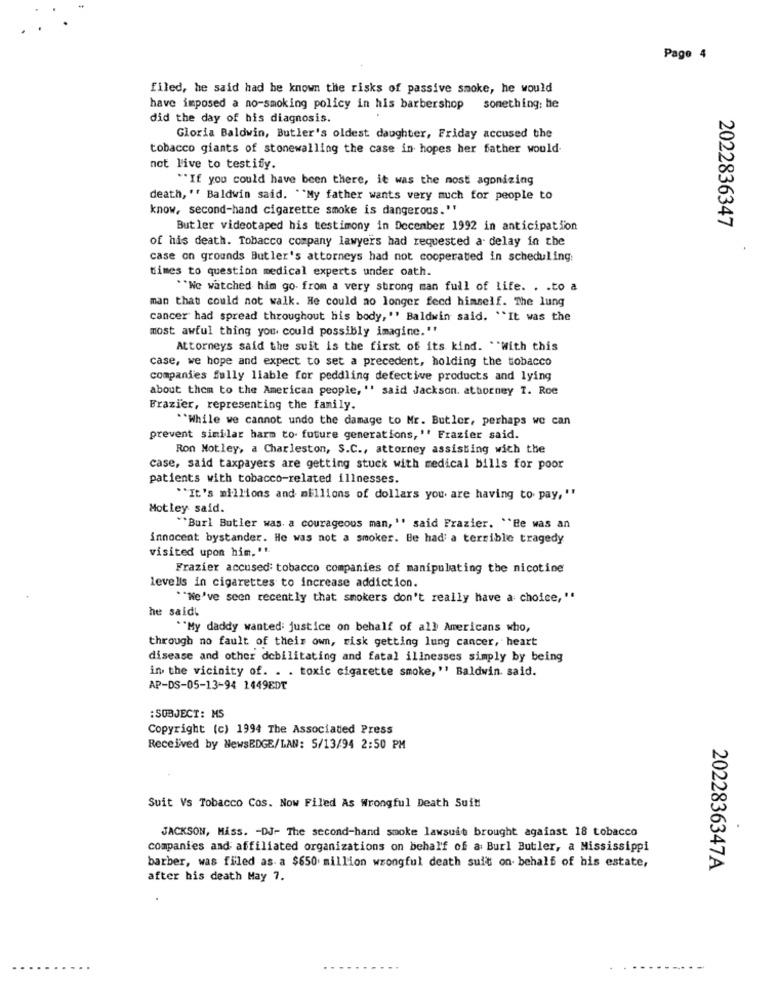
Page 4
filed, he said had be known the risks of passive smoke, he would
have imposed a no-smoking policy in his barbershop something: he
did the day of his diagnosis.
Gloria Baldwin, Butler's oldest daughter, Friday accused the
tobacco giants of stonewalling the case in hopes her father would.
not live to testify.
"If you could have been there, it was the most agonizing
death, " Baldwin said. ""My father wants very much for people to
know, second-hand cigarette smoke is dangerous."
Butler videotaped his testimony in December 1992 in anticipation
2022836347
of his death. Tobacco company lawyers had requested a delay in the
case on grounds Butler's attorneys had not cooperated in scheduling
times to question medical experts under oath.
""We watched him go- from a very strong man full of life. . . to a
man that could not walk. He could no longer feed himself. The lung
cancer had spread throughout his body,"' Baldwin said. "It was the
most awful thing you could possibly imagine."
Attorneys said the suit is the first of its kind. . With this
case, we hope and expect to set a precedent, holding the tobacco
companies fully liable for peddling defective products and lying
about them to the American people, " said Jackson. attorney T. Roe
Frazier, representing the family.
** While we cannot undo the damage to Mr. Butler, perhaps we can
prevent similar harm to future generations, '' Frazier said.
Ron Motley, a Charleston, S.C ., attorney assisting with the
case, said taxpayers are getting stuck with medical bills for poor
patients with tobacco-related illnesses.
"""It's millions and millions of dollars you are having to pay, "
Motley said.
""Burl Butler was. a courageous man, " said Frazier. "Be was an
innocent bystander. He was not a smoker. Be had a terrible tragedy
visited upon him. '".
Frazier accused: tobacco companies of manipulating the nicotine
levels in cigarettes to increase addiction.
"""We've seen recently that smokers don't really have a choice,"
he saidt
""My daddy wanted: justice on behalf of all Americans who,
through no fault of their own, risk getting lung cancer, heart
disease and other debilitating and fatal illnesses simply by being
in the vicinity of. . . toxic cigarette smoke, " Baldwin. said.
AP-DS-05-13-94 1449EDT
: SUBJECT: MS
Copyright (c) 1994 The Associated Press
Received by NewsEDGE/LAN: 5/13/94 2:50 PM
Suit Vs Tobacco Cos. Now Filed As Wrongful Death Suit
JACKSON, Miss. - DJ- The second-hand smoke lawsuit brought against 18 tobacco
companies and affiliated organizations on behalf of a: Burl Butler, a Mississippi
barber, was filed as- a $650 million wrongful death suit on behalf of his estate,
2022836347A
after his death May 7.